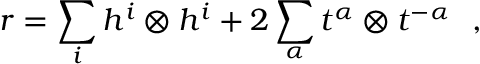
r = \sum _ { i } h ^ { i } \otimes h ^ { i } + 2 \sum _ { \alpha } t ^ { \alpha } \otimes t ^ { - \alpha } \ \ ,